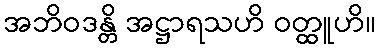
အဘိဝဒန္တိ အဋ္ဌာရသဟိ ဝတ္ထူဟိ။